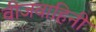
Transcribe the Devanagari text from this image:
वीजवाहिनी